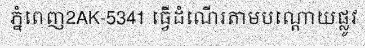
ភ្នំពេញ2AK-5341 ធ្វើដំណើរតាមបណ្តោយផ្លូវ